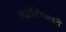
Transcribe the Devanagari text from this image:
आइडेन्टिफायरों